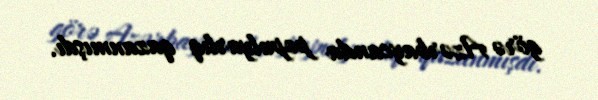
görə Azərbaycanda populyarlıq qazanmışdı.